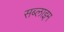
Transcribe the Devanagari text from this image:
सब्लाइम